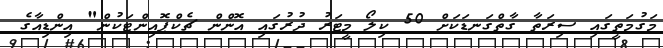
މަގުމަތީގައި ސިރަތާ ގާތްގަނޑަކަށް 50 ކިލޯ މީޓަރު ދުރުގައި އޮންން ޗެކްޕޮއިންޓަކުން" އިންޑިއާގެ